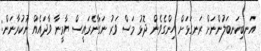
އަނބިކަނބަލުންނަށް ރަނގަޅަށް ހިންގެވެން ދޮޅު މަސް ވަރު ނަގާނެރައީސް ޔާމީނާ ވާދައެއް ނުކުރާނަން: